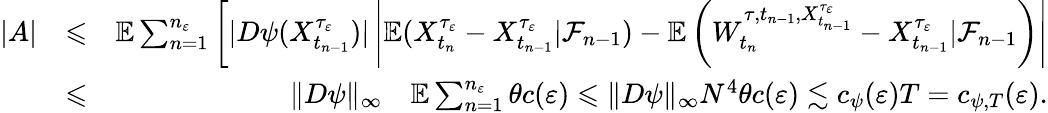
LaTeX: \begin{array}{rlr}{|A|}&{\leqslant}&{\mathbb{E}\sum_{n=1}^{n_{\varepsilon}}\left[|D\psi(X_{t_{n-1}}^{\tau_{\varepsilon}})|\left|\mathbb{E}(X_{t_{n}}^{\tau_{\varepsilon}}-X_{t_{n-1}}^{\tau_{\varepsilon}}|\mathcal{F}_{n-1})-\mathbb{E}\left(W_{t_{n}}^{\tau,t_{n-1},X_{t_{n-1}}^{\tau_{\varepsilon}}}-X_{t_{n-1}}^{\tau_{\varepsilon}}|\mathcal{F}_{n-1}\right)\right|\right.}\\ &{\leqslant}&{\| D\psi\| _{\infty}\quad\mathbb{E}\sum_{n=1}^{n_{\varepsilon}}\theta c(\varepsilon)\leqslant\| D\psi\| _{\infty}N^{4}\theta c(\varepsilon)\lesssim c_{\psi}(\varepsilon)T=c_{\psi,T}(\varepsilon).}\end{array}